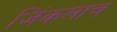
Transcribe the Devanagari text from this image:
जिंकलाच